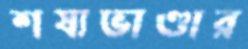
শষ্যভাণ্ডার